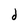
Character: d